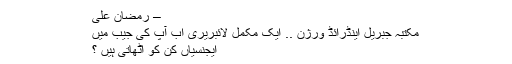
– رمضان علی
مکتبہ جبریل اینڈرائڈ ورژن .. ایک مکمل لائبریری اب آپ کی جیب میں
ایجنسیاں کِن کو اُٹھاتی ہیں ؟